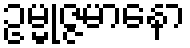
ဥမ္မုဇ္ဇမာနော